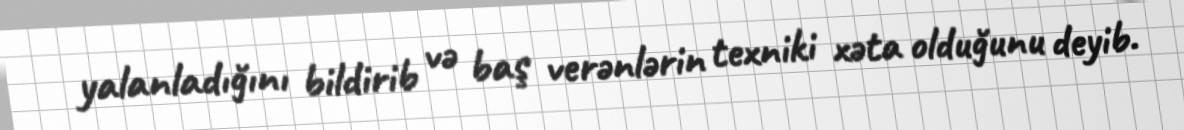
yalanladığını bildirib və baş verənlərin texniki xəta olduğunu deyib.